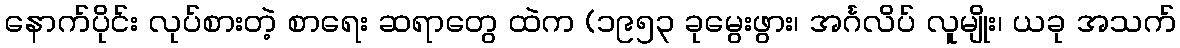
နောက်ပိုင်း လုပ်စားတဲ့ စာရေး ဆရာတွေ ထဲက (၁၉၅၃ ခုမွေးဖွား၊ အင်္ဂလိပ် လူမျိုး၊ ယခု အသက်